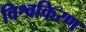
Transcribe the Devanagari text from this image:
विश्वकिरण